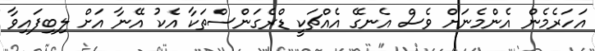
އަހަރެމެން އެންމެނަށް ވެސް އެނގޭ އެއްޗަކީ ޑްރެގަންސްތަކާ އެކު އޭނާ އަށް ލިބިފައިވާ